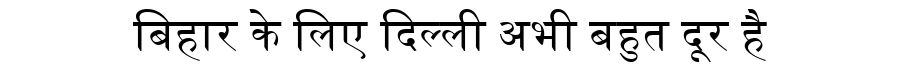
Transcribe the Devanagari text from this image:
बिहार के लिए दिल्ली अभी बहुत दूर है